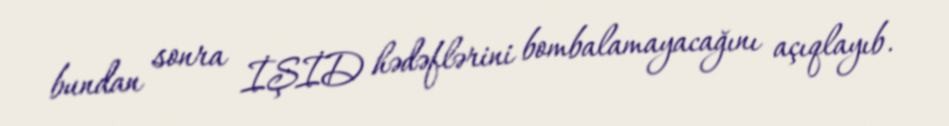
bundan sonra İŞİD hədəflərini bombalamayacağını açıqlayıb.